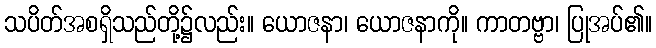
သပိတ်အစရှိသည်တို့၌လည်း။ ယောဇနာ၊ ယောဇနာကို။ ကာတဗ္ဗာ၊ ပြုအပ်၏။